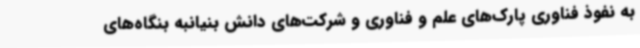
به نفوذ فناوری پارک‌های علم و فناوری و شرکت‌های دانش بنیانبه بنگاه‌های